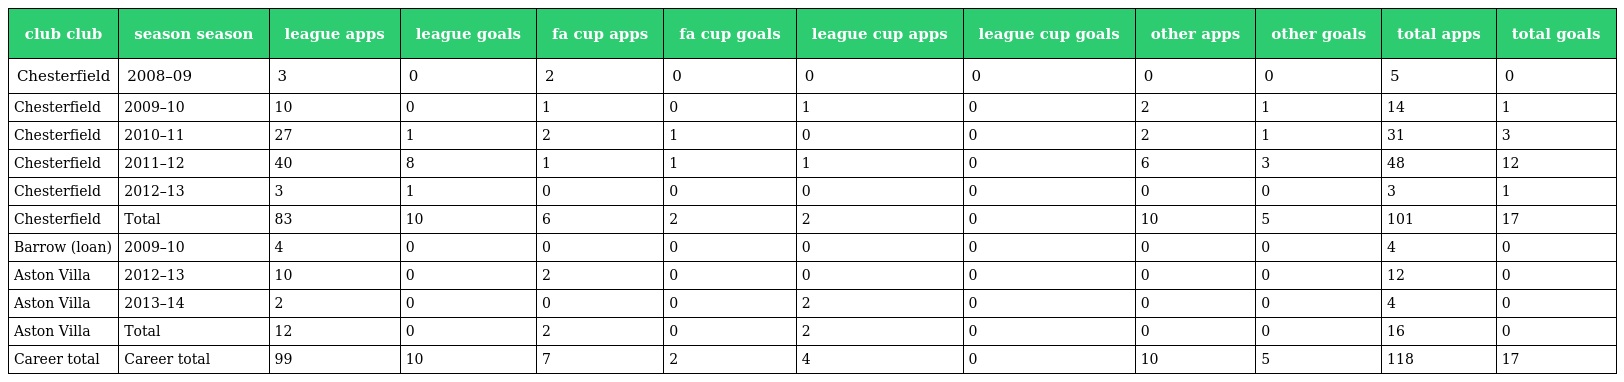
| club club | season season | league apps | league goals | fa cup apps | fa cup goals | league cup apps | league cup goals | other apps | other goals | total apps | total goals |
 | --- | --- | --- | --- | --- | --- | --- | --- | --- | --- | --- | --- |
 | Chesterfield | 2008–09 | 3 | 0 | 2 | 0 | 0 | 0 | 0 | 0 | 5 | 0 |
 | Chesterfield | 2009–10 | 10 | 0 | 1 | 0 | 1 | 0 | 2 | 1 | 14 | 1 |
 | Chesterfield | 2010–11 | 27 | 1 | 2 | 1 | 0 | 0 | 2 | 1 | 31 | 3 |
 | Chesterfield | 2011–12 | 40 | 8 | 1 | 1 | 1 | 0 | 6 | 3 | 48 | 12 |
 | Chesterfield | 2012–13 | 3 | 1 | 0 | 0 | 0 | 0 | 0 | 0 | 3 | 1 |
 | Chesterfield | Total | 83 | 10 | 6 | 2 | 2 | 0 | 10 | 5 | 101 | 17 |
 | Barrow (loan) | 2009–10 | 4 | 0 | 0 | 0 | 0 | 0 | 0 | 0 | 4 | 0 |
 | Aston Villa | 2012–13 | 10 | 0 | 2 | 0 | 0 | 0 | 0 | 0 | 12 | 0 |
 | Aston Villa | 2013–14 | 2 | 0 | 0 | 0 | 2 | 0 | 0 | 0 | 4 | 0 |
 | Aston Villa | Total | 12 | 0 | 2 | 0 | 2 | 0 | 0 | 0 | 16 | 0 |
 | Career total | Career total | 99 | 10 | 7 | 2 | 4 | 0 | 10 | 5 | 118 | 17 |